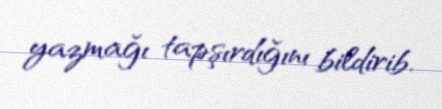
yazmağı tapşırdığını bildirib.